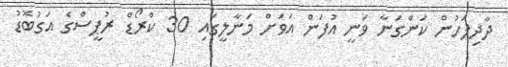
ދާދިފަހުން ކަންގަނާ ވަނީ އުފަން އަވަށް މަނާލީގައި 30 ކްރޯޑް ރުޕީސްގެ އަގުބޮޑު